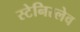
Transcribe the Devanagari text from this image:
स्टेनिस्लेव